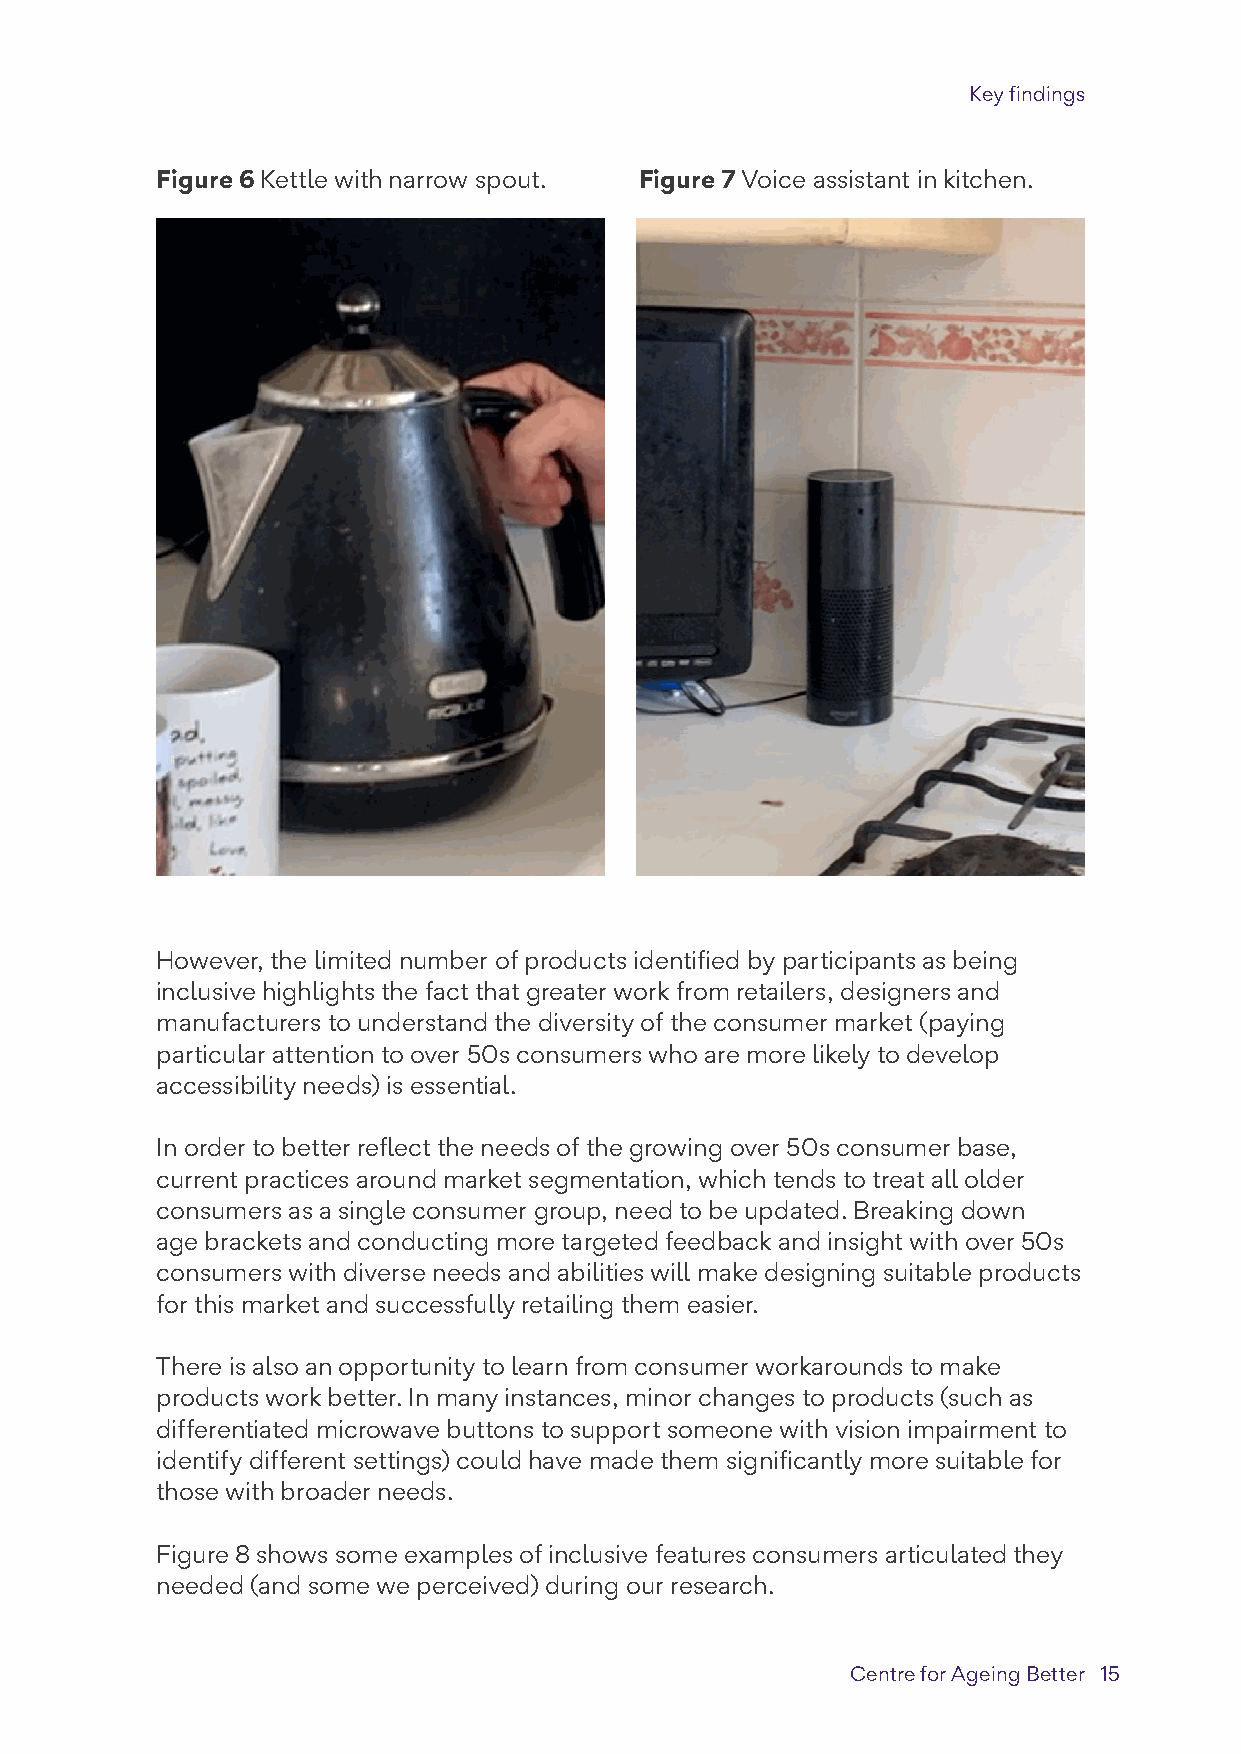
Key findings
 Figure 6 Kettle with narrow spout. Figure 7 Voice assistant in kitchen.
 However, the limited number of products identified by participants as being
 inclusive highlights the fact that greater work from retailers, designers and
 manufacturers to understand the diversity of the consumer market (paying
 particular attention to over 50s consumers who are more likely to develop
 accessibility needs) is essential.
 In order to better reflect the needs of the growing over 50s consumer base,
 current practices around market segmentation, which tends to treat all older
 consumers as a single consumer group, need to be updated. Breaking down
 age brackets and conducting more targeted feedback and insight with over 50s
 consumers with diverse needs and abilities will make designing suitable products
 for this market and successfully retailing them easier.
 There is also an opportunity to learn from consumer workarounds to make
 products work better. In many instances, minor changes to products (such as
 differentiated microwave buttons to support someone with vision impairment to
 identify different settings) could have made them significantly more suitable for
 those with broader needs.
 Figure 8 shows some examples of inclusive features consumers articulated they
 needed (and some we perceived) during our research.
 Centre for Ageing Better 15